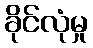
ခိုင်လုံမှု